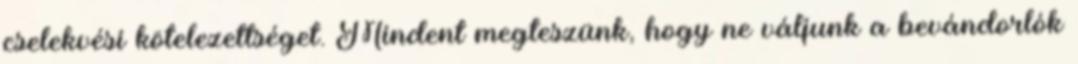
cselekvési kötelezettséget. Mindent megteszünk, hogy ne váljunk a bevándorlók